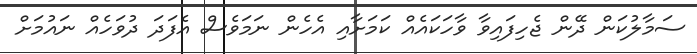
ސަމާލުކަން ދޭން ޖެހިފައިވާ ވާހަކައެއް ކަމަށާއި އެހެން ނަމަވެސް އެފަދަ ދުވަހެއް ނައުމަށް